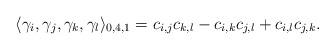
LaTeX: \begin{align*}\langle \gamma_{i},\gamma_{j},\gamma_{k},\gamma_{l}\rangle_{0,4,1}= c_{i,j}c_{k,l}-c_{i,k}c_{j,l}+c_{i,l}c_{j,k}.\end{align*}